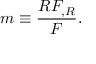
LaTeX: m \equiv { \frac { R F _ { , R } } { F } } .